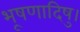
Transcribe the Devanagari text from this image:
भूषणादिषु।